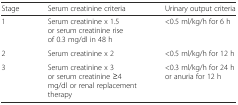
| Stage | Serum creatinine criteria | Urinary output criteria |
 | --- | --- | --- |
 | 1 | Serum creatinine x 1.5 or serum creatinine rise of 0.3 mg/dl in 48 h | <0.5 ml/kg/h for 6 h |
 | 2 | Serum creatinine x 2 | <0.5 ml/kg/h for 12 h |
 | 3 | Serum creatinine x 3 or serum creatinine ≥4 mg/dl or renal replacement therapy | <0.3 ml/kg/h for 24 h or anuria for 12 h |